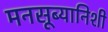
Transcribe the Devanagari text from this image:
मनसूब्यानिशी